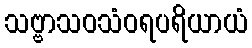
သဗ္ဗာသဝသံဝရပရိယာယံ